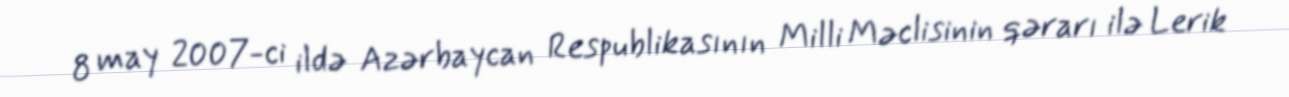
8 may 2007-ci ildə Azərbaycan Respublikasının Milli Məclisinin qərarı ilə Lerik